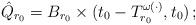
LaTeX: \begin{align*}\hat Q_{r_0}=B_{r_0}\times (t_0-T_{r_0}^{\omega(\cdot)},t_0)\,;\end{align*}